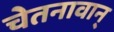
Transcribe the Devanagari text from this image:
चेतनावान्‌